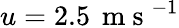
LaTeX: u=2.5\, \mathrm{~m~s~}^{-1}